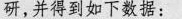
研，并得到如下数据：